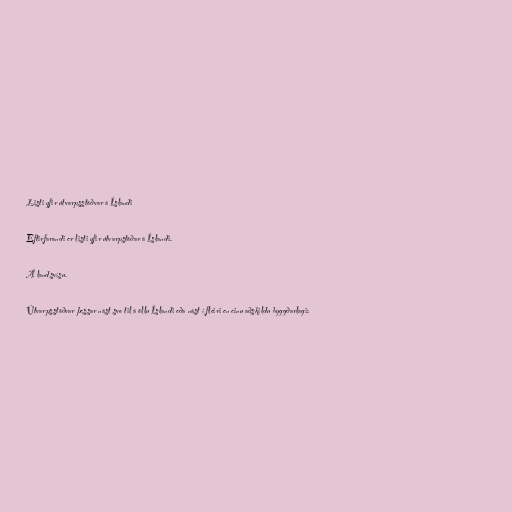
Listi yfir útvarpsstöðvar á Íslandi

Eftirfarandi er listi yfir útvarpstöðar á Íslandi.

Á landsvísu.

Útvarpsstöðvar þessar nást svo til á öllu Íslandi eða nást í fleiri en einu aðskildu byggðarlagi: